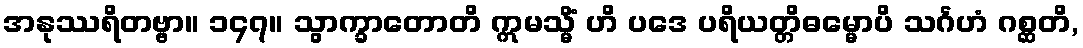
အနုဿရိတဗ္ဗာ။ ၁၄၇။ သွာက္ခာတောတိ ဣမသ္မိံ ဟိ ပဒေ ပရိယတ္တိဓမ္မောပိ သင်္ဂဟံ ဂစ္ဆတိ,